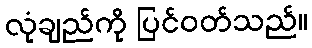
လုံချည်ကို ပြင်ဝတ်သည်။